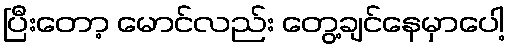
ပြီးတော့ မောင်လည်း တွေ့ချင်နေမှာပေါ့